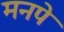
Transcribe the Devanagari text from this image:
मनपे